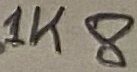
Text: 1K8